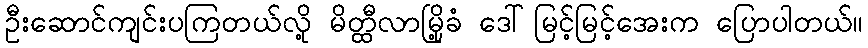
ဦးဆောင်ကျင်းပကြတယ်လို့ မိတ္ထီလာမြို့ခံ ဒေါ်မြင့်မြင့်အေးက ပြောပါတယ်။